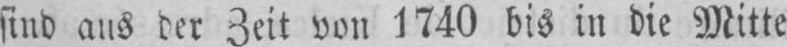
sind aus der Zeit von 1740 bis in die Mitte